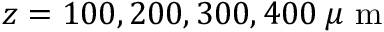
z = 1 0 0 , 2 0 0 , 3 0 0 , 4 0 0 \: \mu \mathrm { ~ m ~ }